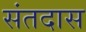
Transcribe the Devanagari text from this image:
संतदास